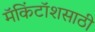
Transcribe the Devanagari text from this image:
मॅकिंटॉशसाठी